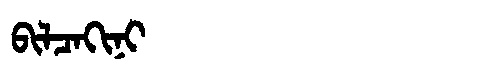
Manchu: ᠪᡳᠯᠴᠠᡴᡳᠨᡳ
Romanization: BILCAKINI